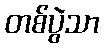
တစ်ပွဲသာ